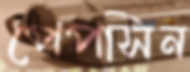
পেপসিন